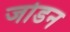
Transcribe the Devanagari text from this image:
जोडन